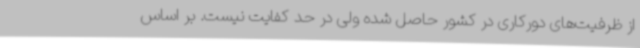
از ظرفیت‌های دورکاری در کشور حاصل شده ولی در حد کفایت نیست. بر اساس